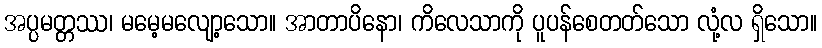
အပ္ပမတ္တဿ၊ မမေ့မလျော့သော။ အာတာပိနော၊ ကိလေသာကို ပူပန်စေတတ်သော လုံ့လ ရှိသော။